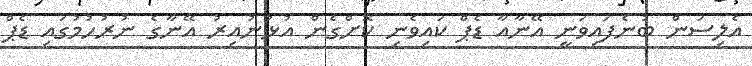
އެލިސަން ބުނެފައިވަނީ އޭނާއާ ޑެޕް ކައިވެނި ކޮށްގެން އުޅުނުއިރު އޭނާގެ ނުރުހުމުގައި ޑެޕް